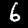
Label: 6